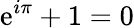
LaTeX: \mathrm{e}^{i\pi}+1=0